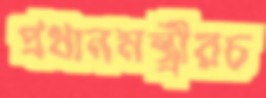
প্রধানমন্ত্র্রীরচ